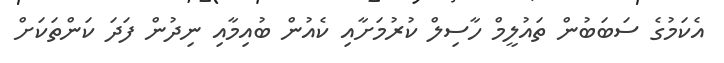
އެކަމުގެ ސަބަބުން ތައުލީމް ހާސިލް ކުރުމަށާއި ކެއުން ބުއިމާއި ނިދުން ފަދަ ކަންތަކަށް